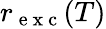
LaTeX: r_{\mathrm{~e~x~c~}}(T)